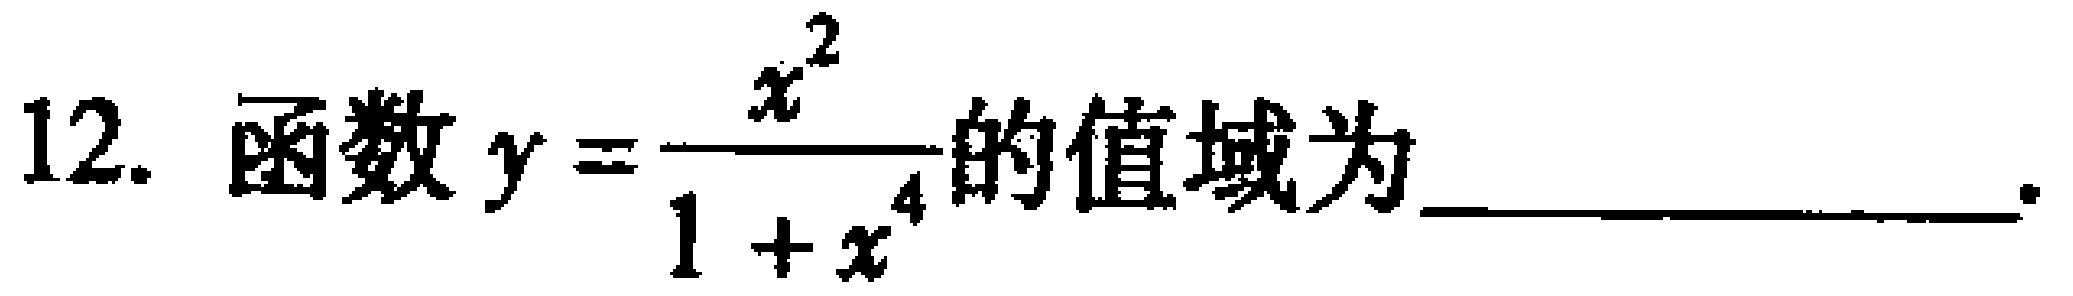
12. 函数\(y = \frac{x^{2}}{1 + x^{4}}\)的值域为_________________.